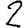
Digit: 2